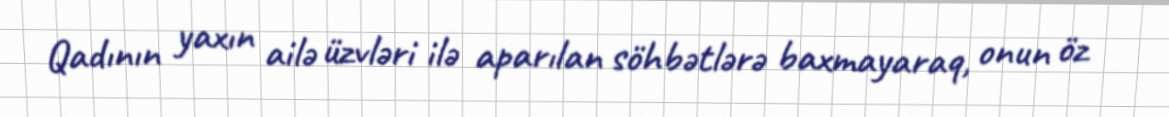
Qadının yaxın ailə üzvləri ilə aparılan söhbətlərə baxmayaraq, onun öz